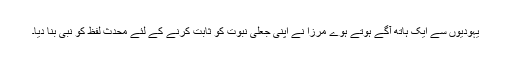
یہودیوں سے ایک ہاتھ آگے ہوتے ہوے مرزا نے اپنی جعلی نبوت کو ثابت کرنے کے لئے محدث لفظ کو نبی بنا دیا۔